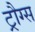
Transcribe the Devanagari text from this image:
ट्रौग्स